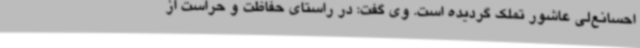
احسانع‌لی عاشور تملک گردیده است. وی گفت: در راستای حفاظت و حراست از